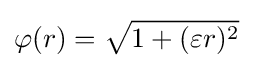
\varphi (r)={\sqrt {1+(\varepsilon r)^{2}}}